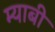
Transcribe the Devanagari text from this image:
म्याबी